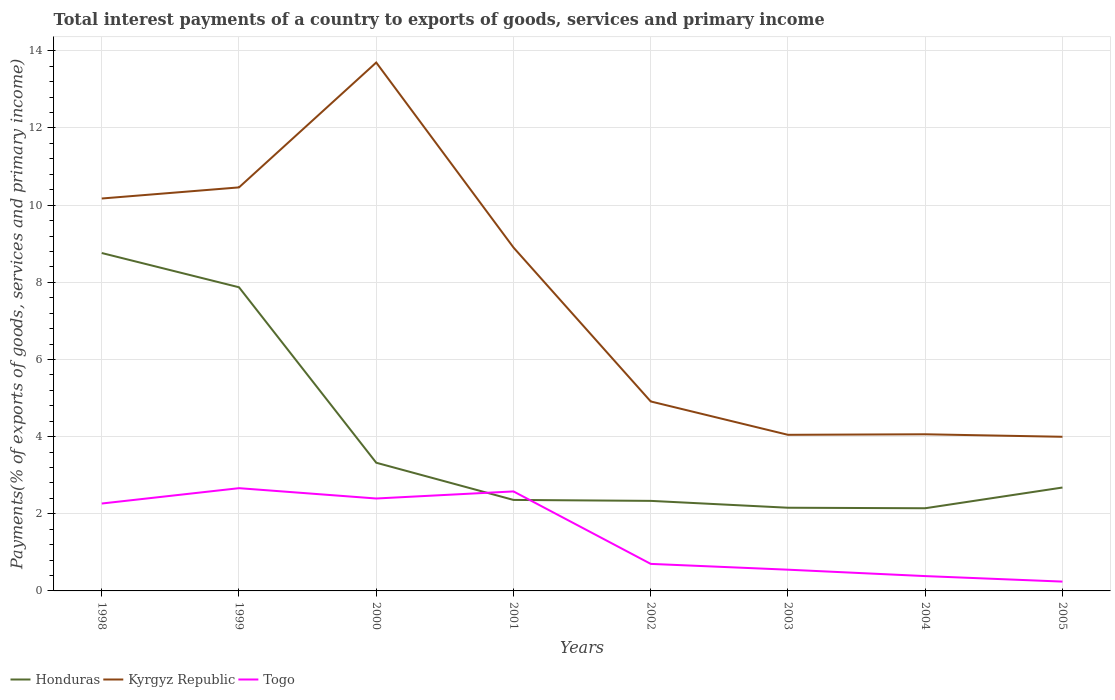
| Years | Honduras | Kyrgyz Republic | Togo |
 | --- | --- | --- | --- |
 | 1998 | 8.76 | 10.2 | 2.27 |
 | 1999 | 7.87 | 10.5 | 2.66 |
 | 2000 | 3.32 | 13.7 | 2.4 |
 | 2001 | 2.36 | 8.9 | 2.58 |
 | 2002 | 2.33 | 4.91 | 0.701 |
 | 2003 | 2.16 | 4.05 | 0.551 |
 | 2004 | 2.14 | 4.06 | 0.385 |
 | 2005 | 2.68 | 4 | 0.242 |